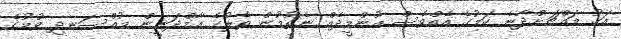
އަގު މައްޗަށްދާނެ ކަމުގެ އެއްވެސް އުންމީދެއް ނެތުމުން ތެލުގެ އާމްދަނީން މުއްސަނދި ވުމުގެ